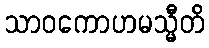
သာဝကောဟမသ္မီတိ